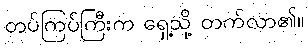
တပ်ကြပ်ကြီးက ရှေ့သို့ တက်လာ၏။